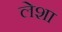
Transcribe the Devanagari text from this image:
लेशा